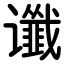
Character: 谶